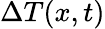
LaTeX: \Delta T(x,t)